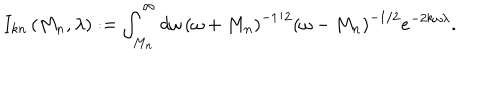
LaTeX: I _ { k n } \left( M _ { n } , \lambda \right) : = \int _ { M _ { n } } ^ { \infty } d \omega \, \left( \omega + M _ { n } \right) ^ { - 1 / 2 } \left( \omega - M _ { n } \right) ^ { - 1 / 2 } e ^ { - 2 k \omega \lambda } .